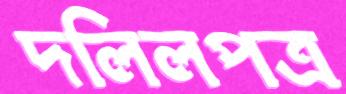
দলিলপত্র